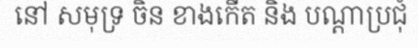
នៅ សមុទ្រ ចិន ខាងកើត និង បណ្តាប្រជុំ